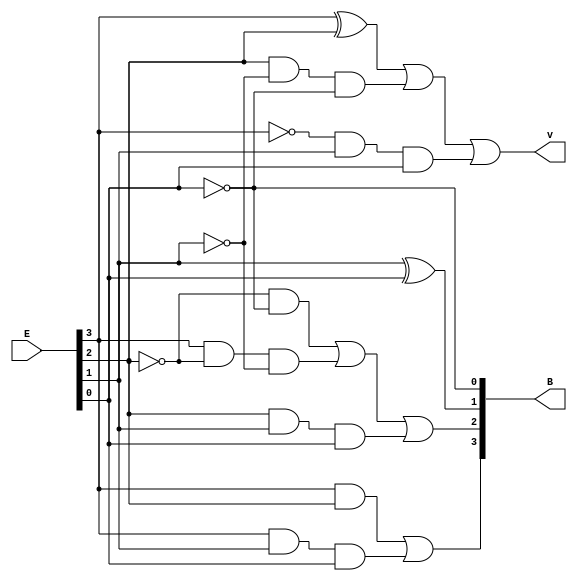
module Lab2_converter_4bit_behavioral (input [3:0] E, output [3:0] B, output v);
    reg [3:0] B;
    reg v;
    always @(*) begin
        B[3] = (E[3]&E[2])|(E[3]&E[1]&E[0]);
        B[2] = (~E[2]&~E[0])|(E[3]&~E[2]&~E[1])|(E[2]&E[1]&E[0]);
        B[1] = E[1]^E[0];
        B[0] = ~E[0];
        v = (E[3]^E[2])|(E[2]&~E[1]&~E[0])|(~E[3]&E[1]&E[0]);

    end
endmodule